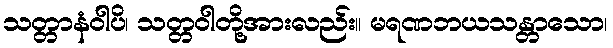
သတ္တာနံဝါပိ၊ သတ္တဝါတို့အားလည်း။ မရဏဘယသန္တာသော၊